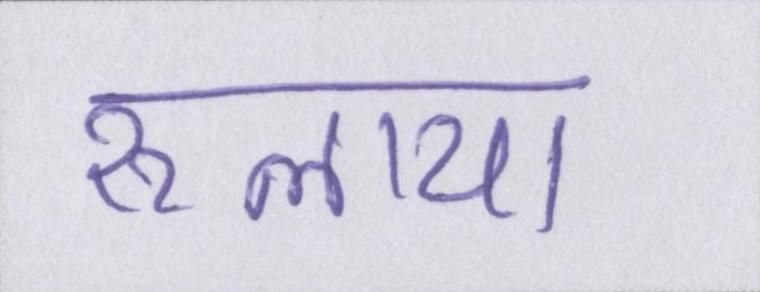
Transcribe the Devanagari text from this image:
रुलाया